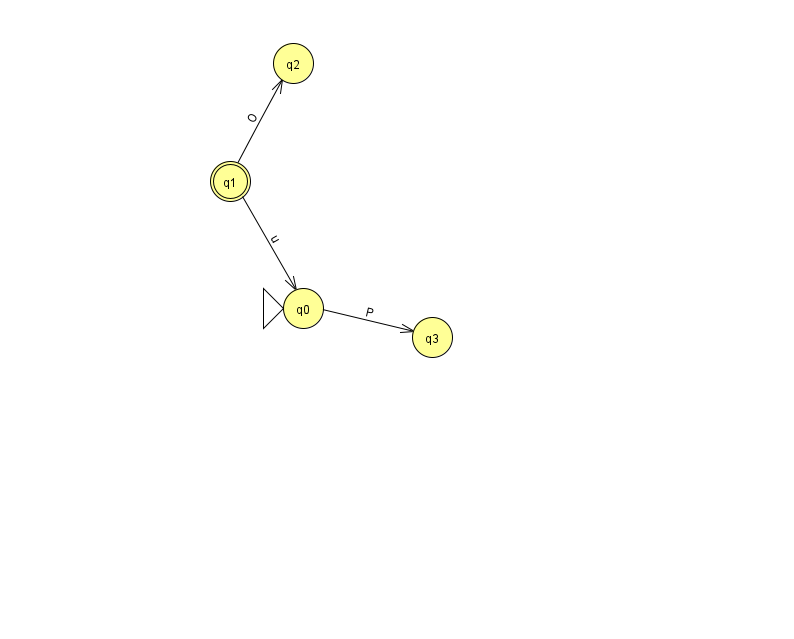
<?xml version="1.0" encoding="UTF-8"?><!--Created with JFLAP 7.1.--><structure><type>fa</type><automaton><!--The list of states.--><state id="0" name="q0"><x>303.0</x><y>295.0</y><initial/></state><state id="1" name="q1"><x>230.0</x><y>168.0</y><final/></state><state id="2" name="q2"><x>293.0</x><y>50.0</y></state><state id="3" name="q3"><x>432.0</x><y>324.0</y></state><!--The list of transitions.--><transition><from>1</from><to>2</to><read>O</read></transition><transition><from>1</from><to>0</to><read>u</read></transition><transition><from>0</from><to>3</to><read>P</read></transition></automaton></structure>